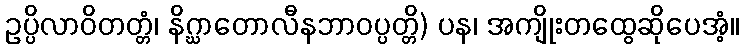
ဥပ္ပိလာဝိတတ္တံ၊ နိဂ္ဃာတောလီနဘာဝပ္ပတ္တိ) ပန၊ အကျိုးတထွေဆိုပေအံ့။